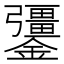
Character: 𨯞